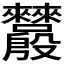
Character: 𬆵